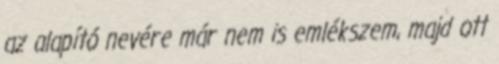
az alapító nevére már nem is emlékszem, majd ott